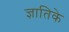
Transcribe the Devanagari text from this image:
ज्ञातिके